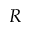
R